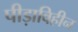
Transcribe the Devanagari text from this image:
पीड़ाविहीन